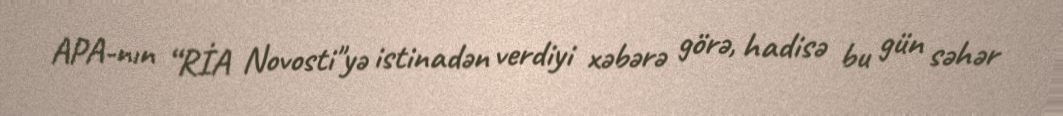
APA-nın “RİA Novosti"yə istinadən verdiyi xəbərə görə, hadisə bu gün səhər